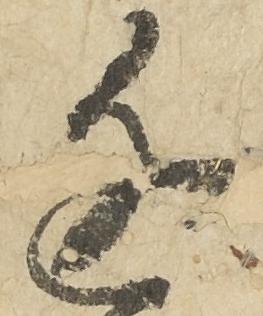
近